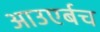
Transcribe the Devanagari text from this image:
आउएर्बच